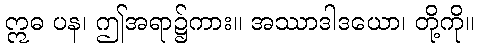
ဣဓ ပန၊ ဤအရာ၌ကား။ အဿာဒါဒယော၊ တို့ကို။